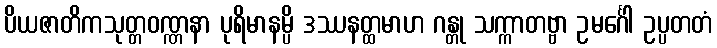
ပိယဇာတိကသုတ္တဝဏ္ဏနာ ပုရိမာနမ္ပိ ဒဿနတ္ထမာဟ ဂန္တု သက္ကာတဗ္ဗာ ဥမင်္ဂေါ ဥပ္ပတတံ